Vaccination North-Western Provinces and Oudh 1878-1895 - 1878-1895
Year: 1878
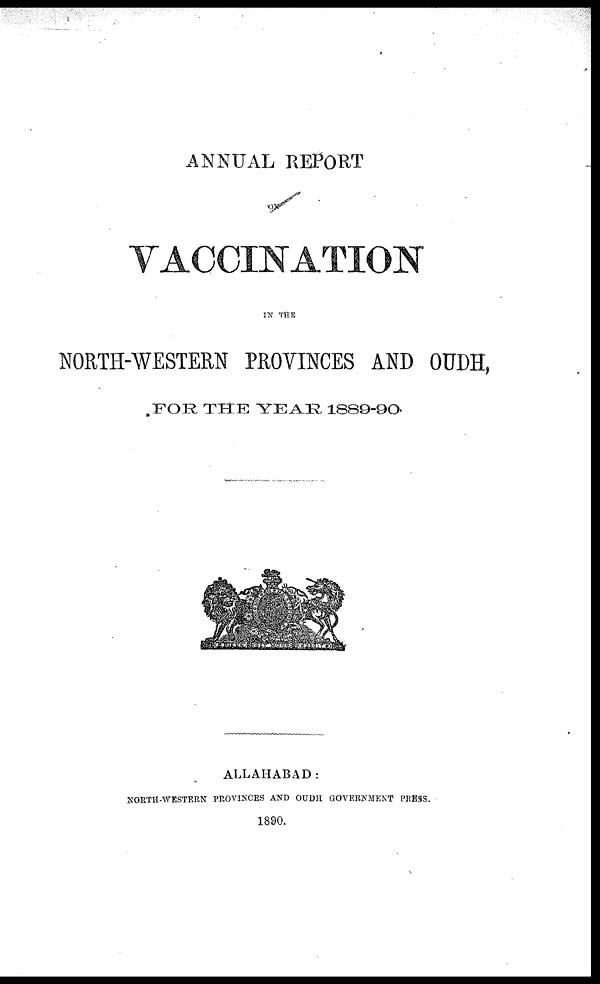
ANNUAL REPORT
ON
VACCINATION
IN THE
NORTH-WESTERN PROVINCES AND OUDH,
FOR THE YEAR 1889-90
ALLAHABAD:
NORTH-WESTERN PROVINCES AND OUDH GOVERNMENT PRESS.
1890.